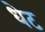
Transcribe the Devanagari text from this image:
धेट